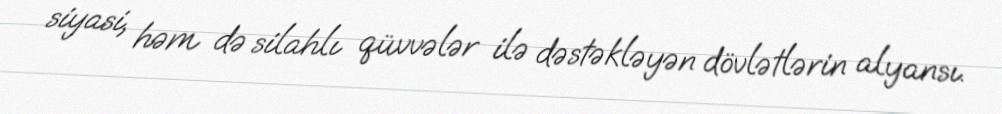
siyasi, həm də silahlı qüvvələr ilə dəstəkləyən dövlətlərin alyansı.